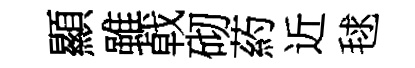
顯雖㦸砌葯近毬